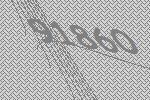
91860